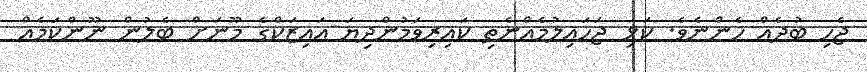
ޖެހި ބުދެއް ހެންނެވެ. ކަޅި ޖަހައިލުމެއްނެތި ކައިރިވަމުންދިޔަ އައިޒަކްގެ މޫނަށް ބެލުން ނޫންކަމެއް